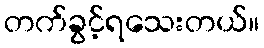
တက်ခွင့်ရသေးတယ်။